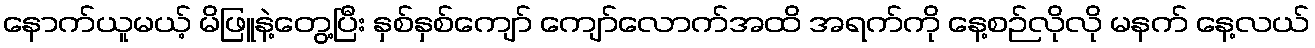
နောက်ယူမယ့် မိဖြူနဲ့တွေ့ပြီး နှစ်နှစ်ကျော် ကျော်လောက်အထိ အရက်ကို နေ့စဉ်လိုလို မနက် နေ့လယ်